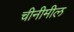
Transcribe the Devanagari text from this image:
चीनीमील